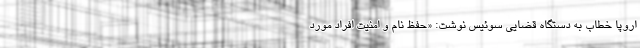
اروپا خطاب به دستگاه قضایی سوئیس نوشت: «حفظ نام و امنیت افراد مورد